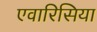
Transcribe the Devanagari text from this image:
एवारिसिया